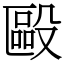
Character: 毆